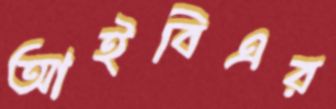
আইবিএর